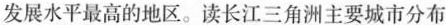
发展水平最高的地区。读长江三角洲主要城市分布